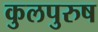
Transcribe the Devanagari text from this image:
कुलपुरुष